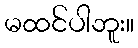
မထင်ပါဘူး။